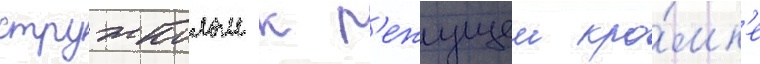
стружколом к р'ежущеи кро́мк'е